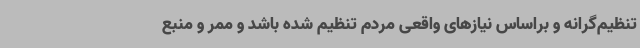
تنظیم‌گرانه و براساس نیازهای واقعی مردم تنظیم شده باشد و ممر و منبع